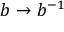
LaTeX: b \to b ^ { - 1 }